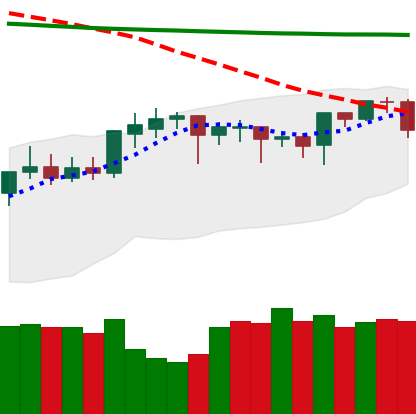
Ticker: DOGE-USD
Chart end date: 2020-04-20
Forward return: 8.073%
Label: up_7plus